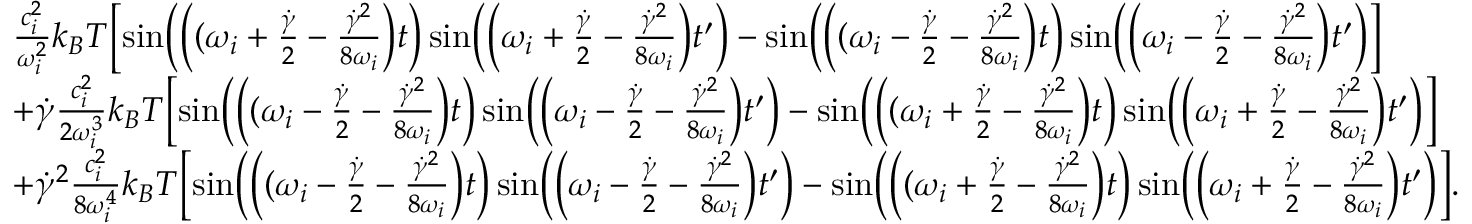
\begin{array} { r l } & { \frac { c _ { i } ^ { 2 } } { \omega _ { i } ^ { 2 } } k _ { B } T \Bigl [ \sin \Bigl ( \Bigl ( ( \omega _ { i } + \frac { \dot { \gamma } } { 2 } - \frac { \dot { \gamma } ^ { 2 } } { 8 \omega _ { i } } \Bigr ) t \Bigr ) \sin \Bigl ( \Bigl ( \omega _ { i } + \frac { \dot { \gamma } } { 2 } - \frac { \dot { \gamma } ^ { 2 } } { 8 \omega _ { i } } \Bigr ) t ^ { \prime } \Bigr ) - \sin \Bigl ( \Bigl ( ( \omega _ { i } - \frac { \dot { \gamma } } { 2 } - \frac { \dot { \gamma } ^ { 2 } } { 8 \omega _ { i } } \Bigr ) t \Bigr ) \sin \Bigl ( \Bigl ( \omega _ { i } - \frac { \dot { \gamma } } { 2 } - \frac { \dot { \gamma } ^ { 2 } } { 8 \omega _ { i } } \Bigr ) t ^ { \prime } \Bigr ) \Bigr ] } \\ & { + \dot { \gamma } \frac { c _ { i } ^ { 2 } } { 2 \omega _ { i } ^ { 3 } } k _ { B } T \Bigl [ \sin \Bigl ( \Bigl ( ( \omega _ { i } - \frac { \dot { \gamma } } { 2 } - \frac { \dot { \gamma } ^ { 2 } } { 8 \omega _ { i } } \Bigr ) t \Bigr ) \sin \Bigl ( \Bigl ( \omega _ { i } - \frac { \dot { \gamma } } { 2 } - \frac { \dot { \gamma } ^ { 2 } } { 8 \omega _ { i } } \Bigr ) t ^ { \prime } \Bigr ) - \sin \Bigl ( \Bigl ( ( \omega _ { i } + \frac { \dot { \gamma } } { 2 } - \frac { \dot { \gamma } ^ { 2 } } { 8 \omega _ { i } } \Bigr ) t \Bigr ) \sin \Bigl ( \Bigl ( \omega _ { i } + \frac { \dot { \gamma } } { 2 } - \frac { \dot { \gamma } ^ { 2 } } { 8 \omega _ { i } } \Bigr ) t ^ { \prime } \Bigr ) \Bigr ] } \\ & { + \dot { \gamma } ^ { 2 } \frac { c _ { i } ^ { 2 } } { 8 \omega _ { i } ^ { 4 } } k _ { B } T \Bigl [ \sin \Bigl ( \Bigl ( ( \omega _ { i } - \frac { \dot { \gamma } } { 2 } - \frac { \dot { \gamma } ^ { 2 } } { 8 \omega _ { i } } \Bigr ) t \Bigr ) \sin \Bigl ( \Bigl ( \omega _ { i } - \frac { \dot { \gamma } } { 2 } - \frac { \dot { \gamma } ^ { 2 } } { 8 \omega _ { i } } \Bigr ) t ^ { \prime } \Bigr ) - \sin \Bigl ( \Bigl ( ( \omega _ { i } + \frac { \dot { \gamma } } { 2 } - \frac { \dot { \gamma } ^ { 2 } } { 8 \omega _ { i } } \Bigr ) t \Bigr ) \sin \Bigl ( \Bigl ( \omega _ { i } + \frac { \dot { \gamma } } { 2 } - \frac { \dot { \gamma } ^ { 2 } } { 8 \omega _ { i } } \Bigr ) t ^ { \prime } \Bigr ) \Bigr ] . } \end{array}